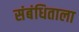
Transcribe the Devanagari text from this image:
संबंधिताला